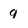
Character: 9